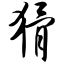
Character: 猾